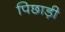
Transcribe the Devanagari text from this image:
पिछाड़ी